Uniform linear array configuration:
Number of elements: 4
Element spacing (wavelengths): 0.75
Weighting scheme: blackman
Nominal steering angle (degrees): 60
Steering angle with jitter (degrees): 61.1
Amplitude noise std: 0.05
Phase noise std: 0.05

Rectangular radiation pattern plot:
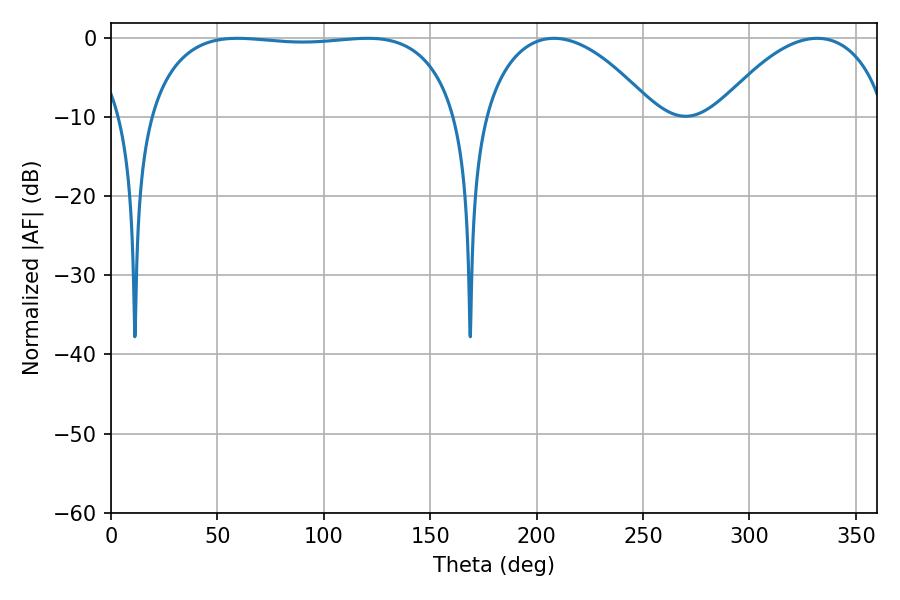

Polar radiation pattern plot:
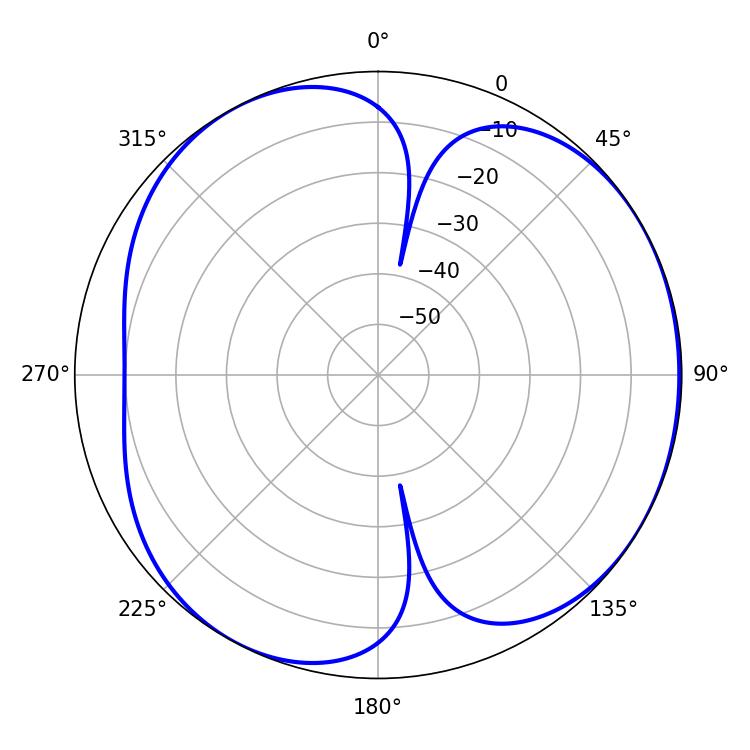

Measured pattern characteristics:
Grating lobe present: TRUE
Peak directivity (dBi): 4.544
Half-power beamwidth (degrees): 115.92
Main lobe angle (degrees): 59.4